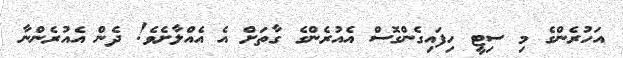
އަހުރެންގެ މި ސިޓީ ހިފައިގެންގޮސް އެއުރެންގެ ގާތަށް އެ އެއްލާށެވެ! ދެން އެއުރެންނާ